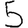
Digit: 5